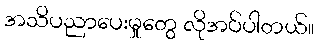
အသိပညာပေးမှုတွေ လိုအပ်ပါတယ်။